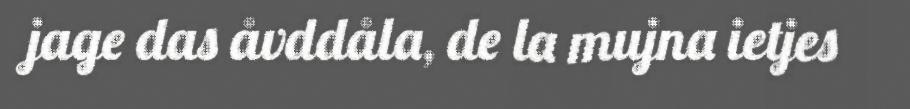
jage das åvddåla, de la mujna ietjes